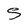
Character: S